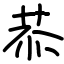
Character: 恭